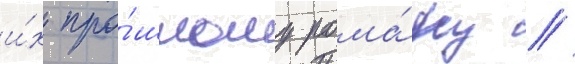
и́х про́шлому рома́ну /